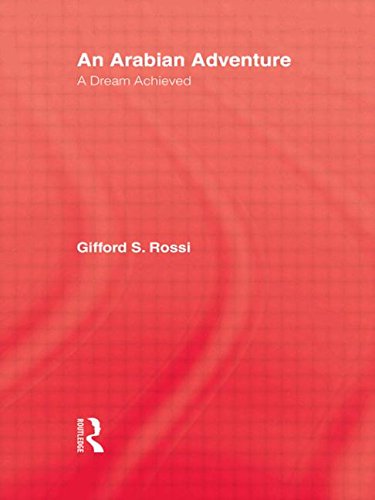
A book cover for An Arabian Adventure; Rossi; History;